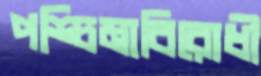
পশ্চিমাবিরোধী